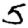
Digit: 5